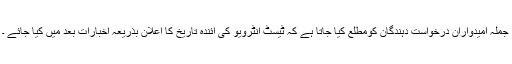
جملہ امیدواران درخواست دہندگان کومطلع کیا جاتا ہے کہ ٹیسٹ انٹرویو کی آئندہ تاریخ کا اعلان بذریعہ اخبارات بعد میں کیا جائے ۔